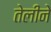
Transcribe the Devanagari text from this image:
तेलीने